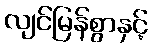
လျင်မြန်စွာနှင့်